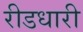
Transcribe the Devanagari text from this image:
रीडधारी